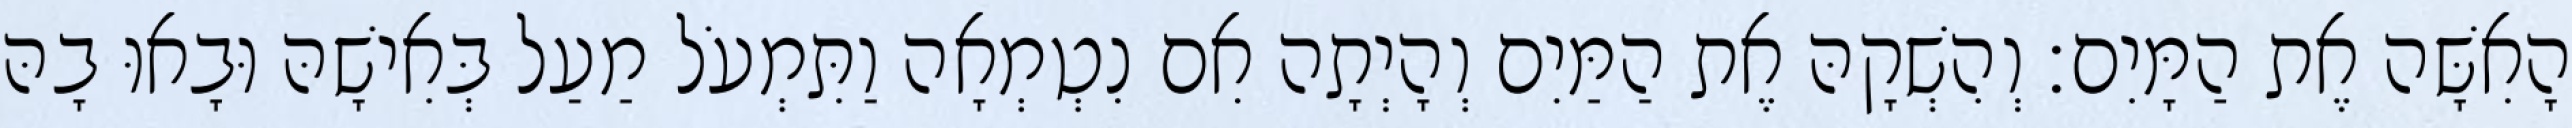
הָאִשָּׁה אֶת הַמָּיִם׃ וְהִשְׁקָהּ אֶת הַמַּיִם וְהָיְתָה אִם נִטְמְאָה וַתִּמְעֹל מַעַל בְּאִישָׁהּ וּבָאוּ בָהּ